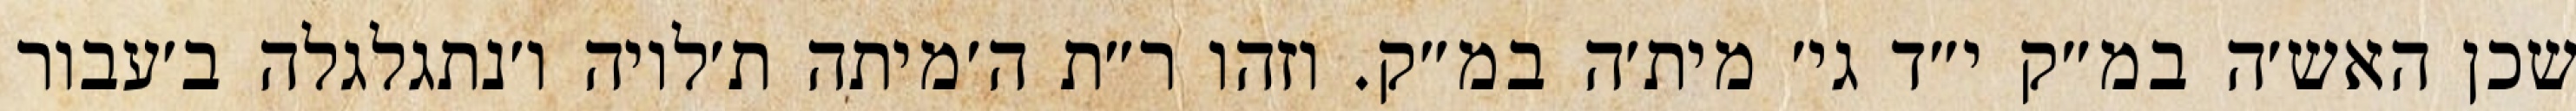
שכן האש׳ה במ״ק י״ד גי׳ מית׳ה במ״ק. וזהו ר״ת ה׳מיתה ת׳לויה ו׳נתגלגלה ב׳עבור